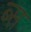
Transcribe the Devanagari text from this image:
ब्स